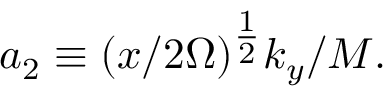
a _ { 2 } \equiv ( x / 2 \Omega ) ^ { \textstyle \frac { 1 } { 2 } } k _ { y } / M .